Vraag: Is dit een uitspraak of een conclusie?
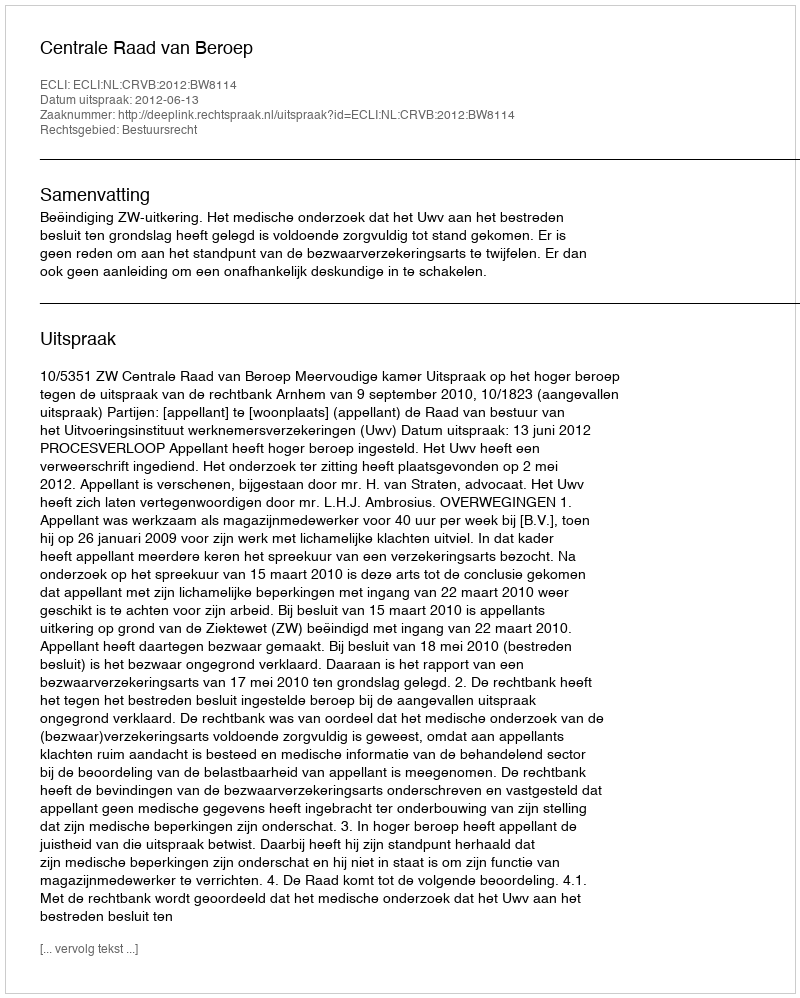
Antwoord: Uitspraak